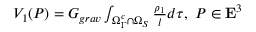
\begin{array} { r } { V _ { 1 } ( P ) = G _ { g r a v } \int _ { \Omega _ { \Gamma } ^ { c } \cap \Omega _ { S } } \frac { \rho _ { 1 } } { l } d \tau , \, \, P \in { \bf E } ^ { 3 } } \end{array}